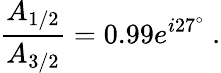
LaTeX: \frac{A_{1/2}}{A_{3/2}}=0.99e^{i27^{\circ}}~.